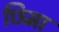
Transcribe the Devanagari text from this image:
छिमा